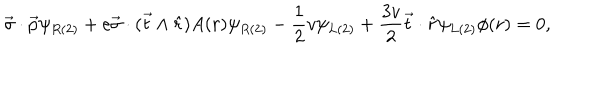
LaTeX: \vec { \sigma } \cdot \vec { p } \psi _ { R ( 2 ) } + e \vec { \sigma } \cdot ( \vec { t } \wedge \hat { r } ) A ( r ) \psi _ { R ( 2 ) } - \frac { 1 } { 2 } v \psi _ { L ( 2 ) } + \frac { 3 v } { 2 } \vec { t } \cdot \hat { r } \psi _ { L ( 2 ) } \phi ( r ) = 0 ,